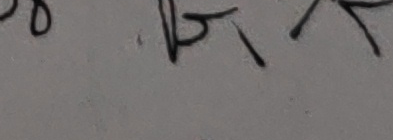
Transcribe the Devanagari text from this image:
० क्र